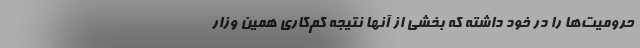
حرومیت‌ها را در خود داشته که بخشی از آنها نتیجه کم‌کاری همین وزار